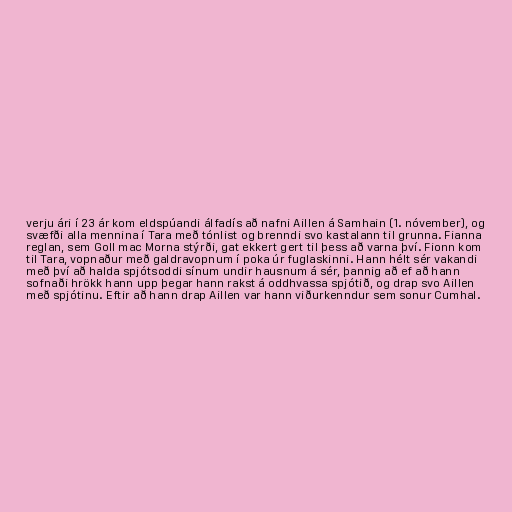
verju ári í 23 ár kom eldspúandi álfadís að nafni Aillen á Samhain (1. nóvember), og
svæfði alla mennina í Tara með tónlist og brenndi svo kastalann til grunna. Fianna
reglan, sem Goll mac Morna stýrði, gat ekkert gert til þess að varna því. Fionn kom
til Tara, vopnaður með galdravopnum í poka úr fuglaskinni. Hann hélt sér vakandi
með því að halda spjótsoddi sínum undir hausnum á sér, þannig að ef að hann
sofnaði hrökk hann upp þegar hann rakst á oddhvassa spjótið, og drap svo Aillen
með spjótinu. Eftir að hann drap Aillen var hann viðurkenndur sem sonur Cumhal.